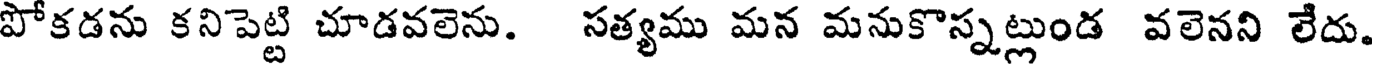
పోకడను కనిపెట్టి చూడవలెను. సత్యము మన మనుకొస్నట్లుండ వలెనని లేదు.